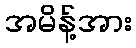
အမိန့်အား